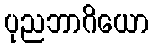
ပုညဘာဂိယော